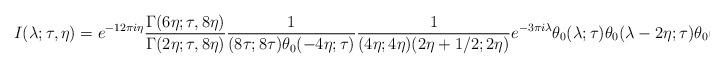
LaTeX: \begin{align*}I(\lambda; \tau, \eta) = e^{-12\pi i \eta} \frac{\Gamma(6\eta; \tau, 8\eta)}{\Gamma(2\eta; \tau, 8\eta)}\frac{1}{(8\tau; 8\tau)\theta_0(- 4\eta; \tau)} \frac{1}{(4\eta; 4\eta) (2\eta + 1/2; 2\eta)} e^{-3\pi i \lambda} \theta_0(\lambda; \tau) \theta_0(\lambda - 2\eta; \tau) \theta_0(\lambda + 2\eta; \tau).\end{align*}